Insane asylums Bombay 1873-77 - 1873-1877
Year: 1873
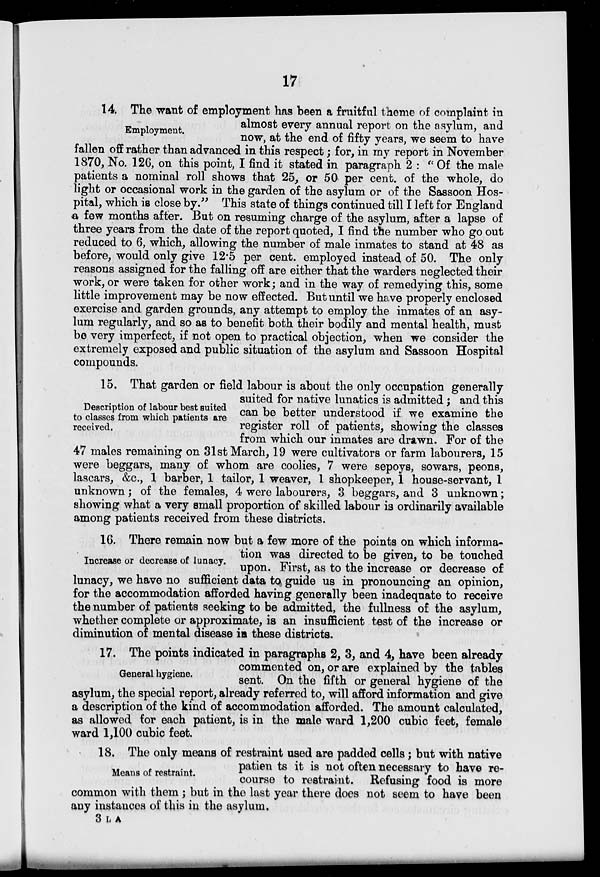
17
Employment.
14. The want of employment has been a fruitful theme of complaint in
almost every annual report on the asylum, and
now, at the end of fifty years, we seem to have
fallen off rather than advanced in this respect; for, in my report in November
1870, No. 126, on this point, I find it stated in paragraph 2 : ''Of the male
patients a nominal roll shows that 25, or 50 per cent. of the whole, do
light or occasional work in the garden of the asylum or of the Sassoon Hos-
pital, which is close by." This state of things continued till I left for England
a few months after. But on resuming charge of the asylum, after a lapse of
three years from the date of the report quoted, I find the number who go out
reduced to 6, which, allowing the number of male inmates to stand at 48 as
before, would only give 12.5 per cent. employed instead of 50. The only
reasons assigned for the falling off are either that the warders neglected their
work, or were taken for other work; and in the way of remedying this, some
little improvement may be now effected. But until we have properly enclosed
exercise and garden grounds, any attempt to employ the inmates of an asy-
lum regularly, and so as to benefit both their bodily and mental health, must
be very imperfect, if not open to practical objection, when we consider the
extremely exposed and public situation of the asylum and Sassoon Hospital
compounds.
Description of labour best suited
to classes from which patients are
received.
15. That garden or field labour is about the only occupation generally
suited for native lunatics is admitted ; and this
can be better understood if we examine the
register roll of patients, showing the classes
from which our inmates are drawn. For of the
47 males remaining on 31st March, 19 were cultivators or farm labourers, 15
were beggars, many of whom are coolies, 7 were sepoys, sowars, peons,
lascars, &c., 1 barber, 1 tailor, 1 weaver, 1 shopkeeper, 1 house-servant, 1
unknown ; of the females, 4 were labourers, 3 beggars, and 3 unknown ;
showing what a very small proportion of skilled labour is ordinarily available
among patients received from these districts.
Increase or decrease of lunacy.
16. There remain now but a few more of the points on which informa-
tion was directed to be given, to be touched
upon. First, as to the increase or decrease of
lunacy, we have no sufficient data to guide us in pronouncing an opinion,
for the accommodation afforded having generally been inadequate to receive
the number of patients seeking to be admitted, the fullness of the asylum,
whether complete or approximate, is an insufficient test of the increase or
diminution of mental disease in these districts.
General hygiene.
17. The points indicated in paragraphs 2, 3, and 4, have been already
commented on, or are explained by the tables
sent. On the fifth or general hygiene of the
asylum, the special report, already referred to, will afford information and give
a description of the kind of accommodation afforded. The amount calculated,
as allowed for each patient, is in the male ward 1,200 cubic feet, female
ward 1,100 cubic feet.
Means of restraint.
18. The only means of restraint used are padded cells; but with native
patien ts it is not often necessary to have re-
course to restraint. Refusing food is more
common with them ; but in the last year there does not seem to have been
any instances of this in the asylum.